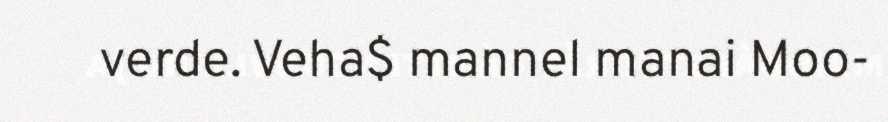
verde. Veha$ mannel manai Moo-